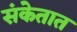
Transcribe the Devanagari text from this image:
संकेतात